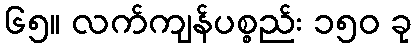
၆၅။ လက်ကျန်ပစ္စည်း ၁၅၀ ခု